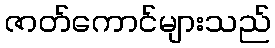
ဇာတ်ကောင်များသည်